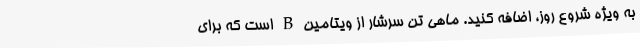
به ویژه شروع روز، اضافه کنید. ماهی تن سرشار از ویتامین B است که برای